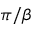
\pi / \beta